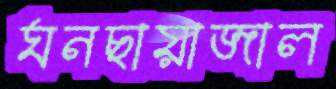
ঘনছায়াজাল